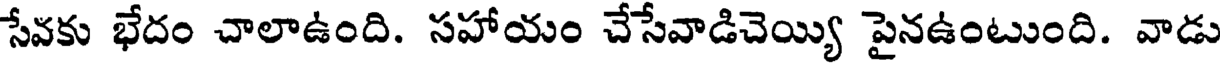
సేవకు భేదం చాలాఉంది. సహాయం చేసేవాడిచెయ్యి పైనఉంటుంది. వాడు